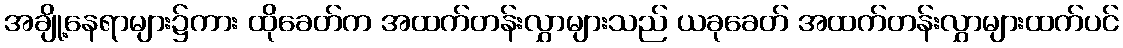
အချို့နေရာများ၌ကား ထိုခေတ်က အထက်တန်းလွှာများသည် ယခုခေတ် အထက်တန်းလွှာများထက်ပင်